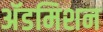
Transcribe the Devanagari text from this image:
अॅडमिशन